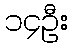
၁၄ဦး